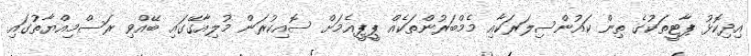
އިިދިކޮޅު ޕާޓީތަކުގެ ތިން ކައުންސިލަރަކާއި މެމްބަރުންތަކެއް ޕީޕީއެމަށް ސޮއިކުރަން މުލިއާގޭގައި ބޭއްވި ރަސްމިއްޔާތުގައި